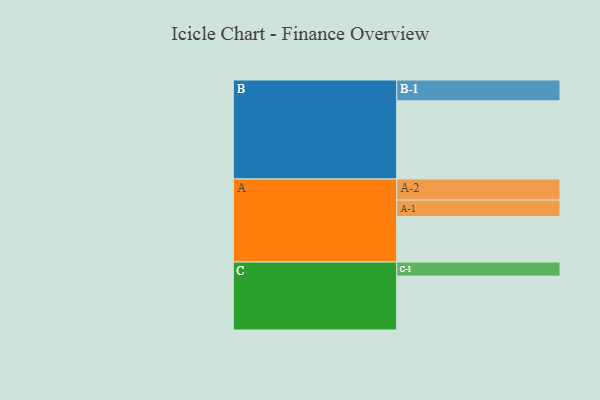
{"axis": {"x": "Segment", "y": "Value"}, "legend": ["", "A", "B", "C"], "data": [{"x": "A", "y": 321, "type": ""}, {"x": "B", "y": 551, "type": ""}, {"x": "C", "y": 380, "type": ""}, {"x": "A-1", "y": 116, "type": "A"}, {"x": "A-2", "y": 149, "type": "A"}, {"x": "B-1", "y": 147, "type": "B"}, {"x": "C-1", "y": 99, "type": "C"}]}